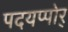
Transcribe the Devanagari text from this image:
पदयप्पोर्